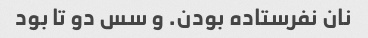
نان نفرستاده بودن. و سس دو تا بود